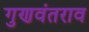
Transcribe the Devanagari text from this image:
गुणवंतराव